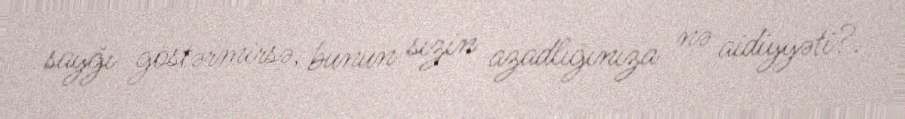
sayğı göstərmirsə, bunun sızin azadlığınıza nə aidiyyəti?.